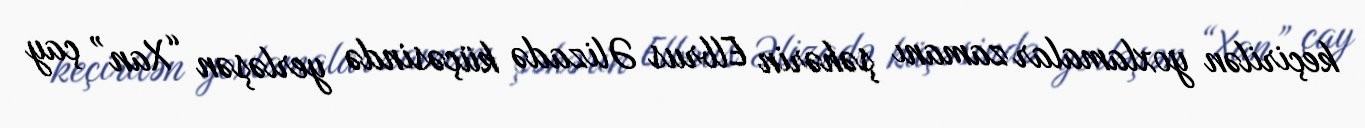
keçirilən yoxlamalar zamanı şəhərin Elbrus Əlizadə küçəsində yerləşən “Xan” çay